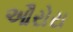
ઔરોરા